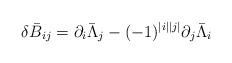
\begin{align*}\delta\bar{B}_{ij}=\partial_{i}\bar{\Lambda}_{j}-(-1)^{|i||j|}\partial_{j}\bar{\Lambda}_{i}\end{align*}